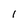
Character: l